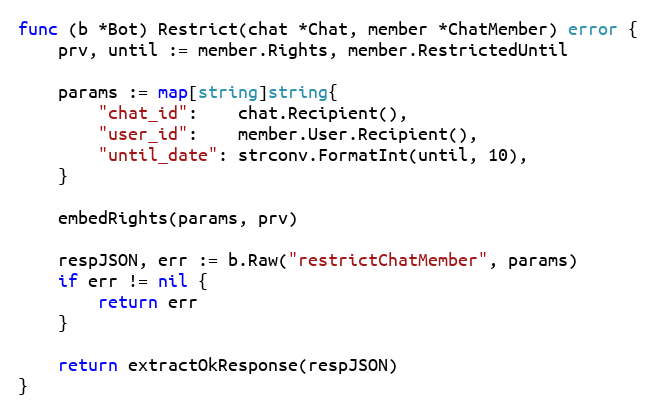
Language: Go
func (b *Bot) Restrict(chat *Chat, member *ChatMember) error {
	prv, until := member.Rights, member.RestrictedUntil

	params := map[string]string{
		"chat_id":    chat.Recipient(),
		"user_id":    member.User.Recipient(),
		"until_date": strconv.FormatInt(until, 10),
	}

	embedRights(params, prv)

	respJSON, err := b.Raw("restrictChatMember", params)
	if err != nil {
		return err
	}

	return extractOkResponse(respJSON)
}